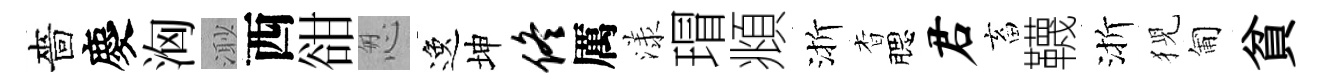
嗇慶洶𣺌西𧮳怱逸坤佟厲漾瑁頫渐杳腮君畜韈渐猊匍貧